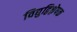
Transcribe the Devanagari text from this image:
विद्युद्विश्लेषक